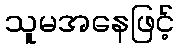
သူမအနေဖြင့်